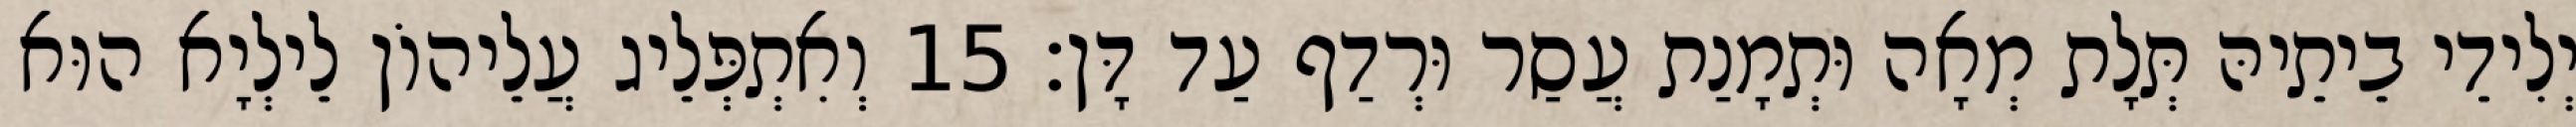
יְלִידֵי בֵיתֵיהּ תְּלָת מְאָה וּתְמָנַת עֲסַר וּרְדַף עַד דָּן׃ 15 וְאִתְפְּלֵיג עֲלֵיהוֹן לֵילְיָא הוּא